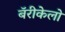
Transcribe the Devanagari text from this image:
बॅरीकेलो